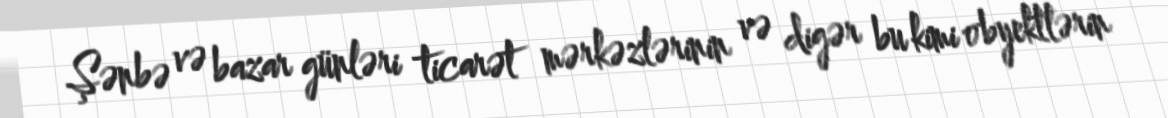
Şənbə və bazar günləri ticarət mərkəzlərinin və digər bu kimi obyektlərin